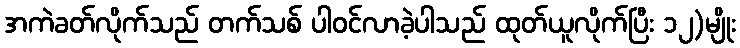
အကဲခတ်လိုက်သည် တက်သစ် ပါဝင်လာခဲ့ပါသည် ထုတ်ယူလိုက်ပြီး ၁၂)မျိုး